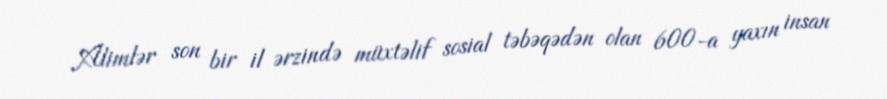
Alimlər son bir il ərzində müxtəlif sosial təbəqədən olan 600-a yaxın insan